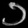
Digit: ၁